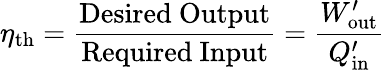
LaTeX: \eta_{\mathrm{th}}={\frac{\mathrm{Desired~Output}}{\mathrm{Required~Input}}}={\frac{W_{\mathrm{out}}^{\prime}}{Q_{\mathrm{in}}^{\prime}}}